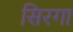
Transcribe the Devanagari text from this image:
सिरगा